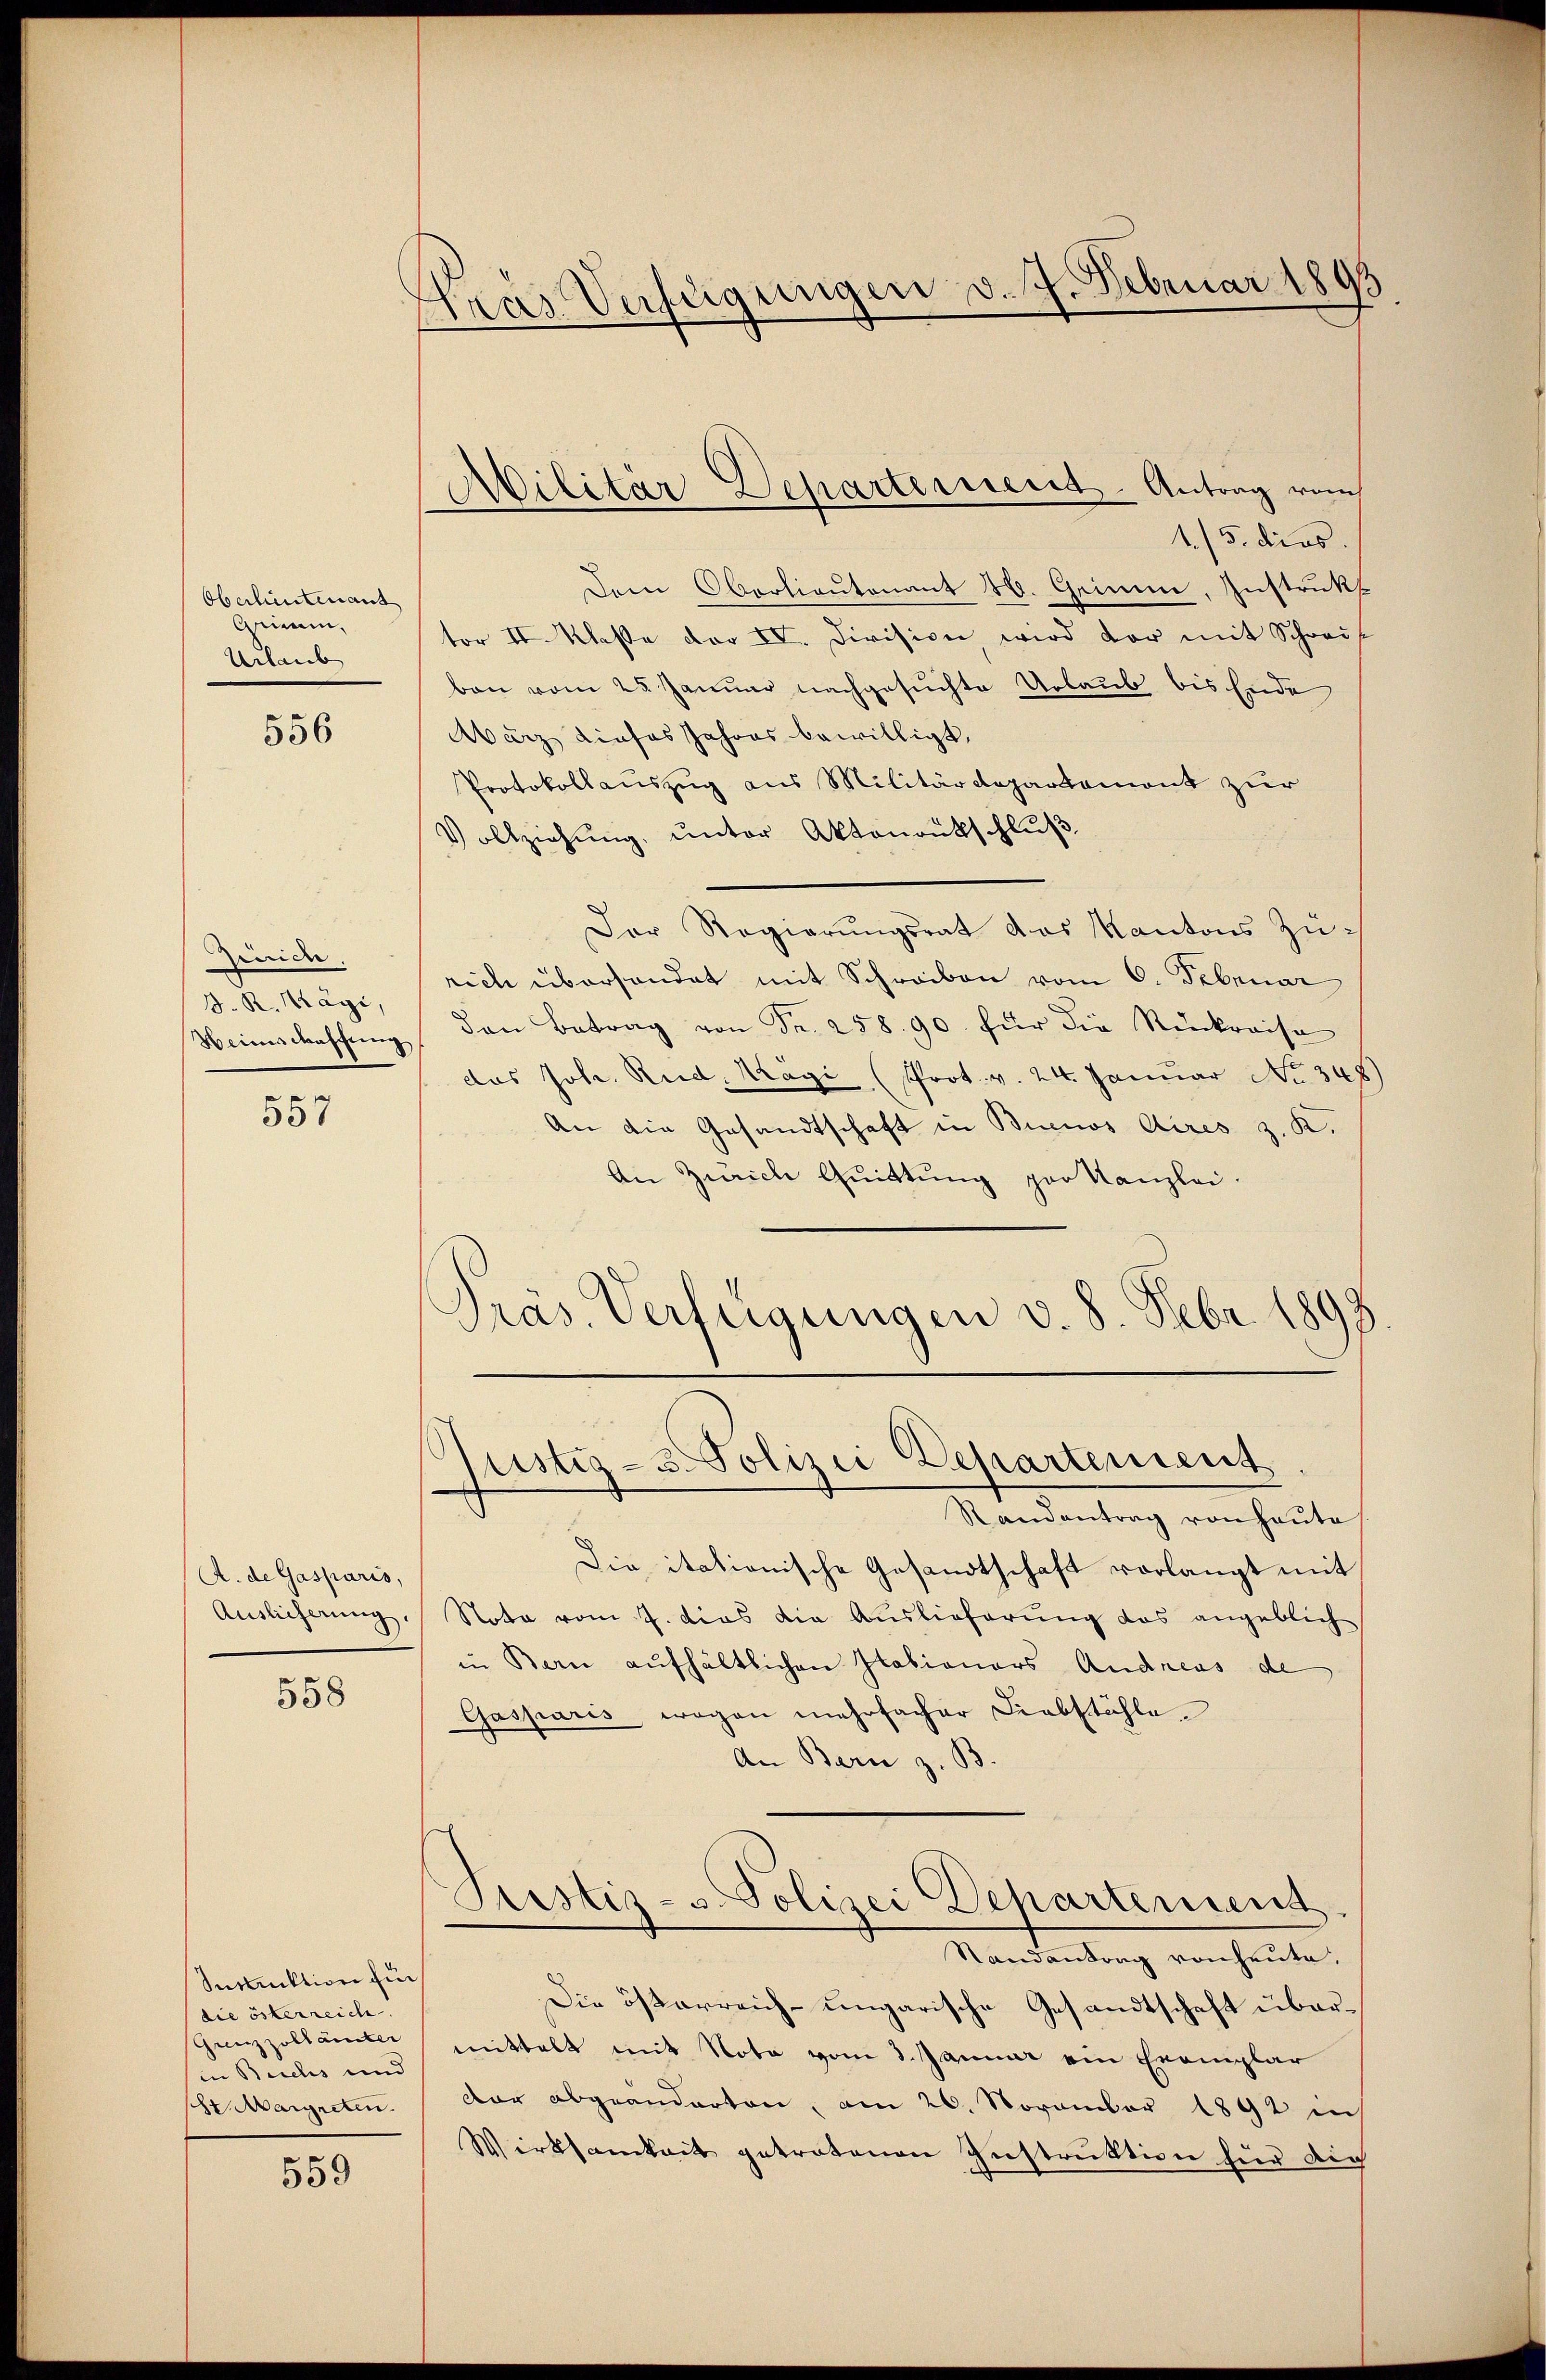
Oberlintenant
Grimm,
Urlaub

556

Gerich.
d. R. Kägi,

557

A. de Gasparis,
Auslieferung.

558

Seduktion für
die österreich
Grenzzollämter
in Buchs und
hr Margreten.

559

Tras Verfügungen v. 7. Februar 1895

1./5. dies. |
Dem Oberlieutenant 4. Grimm, Instrukt
tor II. Klaße der IV. Division wird vor mit Schreif
ben vom 25. Januar nachgesuchte Urlaub bis Ende
März dieses Jahres bewilligt.
Protokollauszug aus Militärdepartement zur
Vollziehung, unter Aktenrutschluß
Der Regierungsrat das Kantons Zürich überhandet mit Schreiben vom 6. Februar
Weinschaffŭng den Betrag von Fr. 258. 90. für die Rückreise
das Joh. Rud. Kägi (Prot. v. 24. Januar No. 348)
An die Gesandtschaft in Buenos Aires z. K.
An Zürich Quittung per Kanzlei.
Präs. Verfügungen v. 8. Febr. 1897

Militär Departement Antrag vom

lustiz - 3. Polizei Departement
¬

Randantrag von heute
Die itationische Gesandtschaft vorlangt mit
Nota vom 7. dies die Auslieferung das angeblich
in Bern aufhältlichen Ilabianers Andreas de
Gasparis wegen mehrfacher Diebstähle
An Bern z. B.
Justiz- u. Polizei Departement
Randantrag von heute,
Die österreich-ungarische Gesandtschaft übermittelt mit Nota vom 3. Januar ein Exemplar
dar abgeänderten, am 26. November 1892 in
Wirksamkeit getretenen Instruktion für die